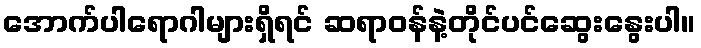
အောက်ပါရောဂါများရှိရင် ဆရာဝန်နဲ့တိုင်ပင်ဆွေးနွေးပါ။